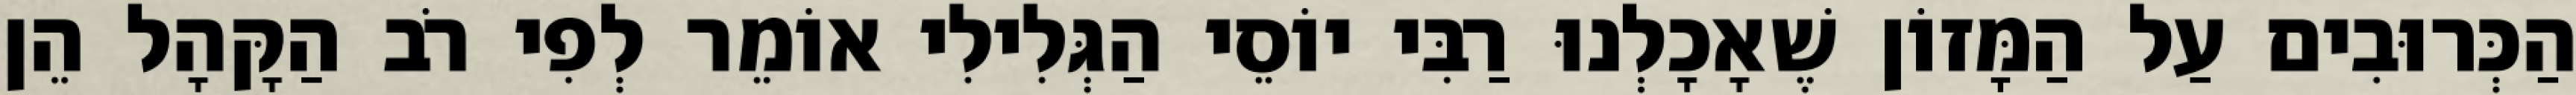
הַכְּרוּבִים עַל הַמָּזוֹן שֶׁאָכָלְנוּ רַבִּי יוֹסֵי הַגְּלִילִי אוֹמֵר לְפִי רֹב הַקָּהָל הֵן